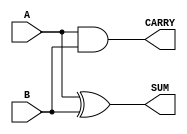
`timescale 1ns / 1ps
//////////////////////////////////////////////////////////////////////////////////
// Company: 
// Engineer: 
// 
// Design Name: 
// Module Name: half_adder
// Project Name: 
// Target Devices: 
// Tool Versions: 
// Description: 39
// 
// Dependencies: 
// 
// Revision:
// Revision 0.01 - File Created
// Additional Comments:
// 
//////////////////////////////////////////////////////////////////////////////////


 module half_adder(
    input A,
    input B,
    output SUM,
    output CARRY
    );
    assign SUM = A^B;
    assign CARRY = A&B;
endmodule